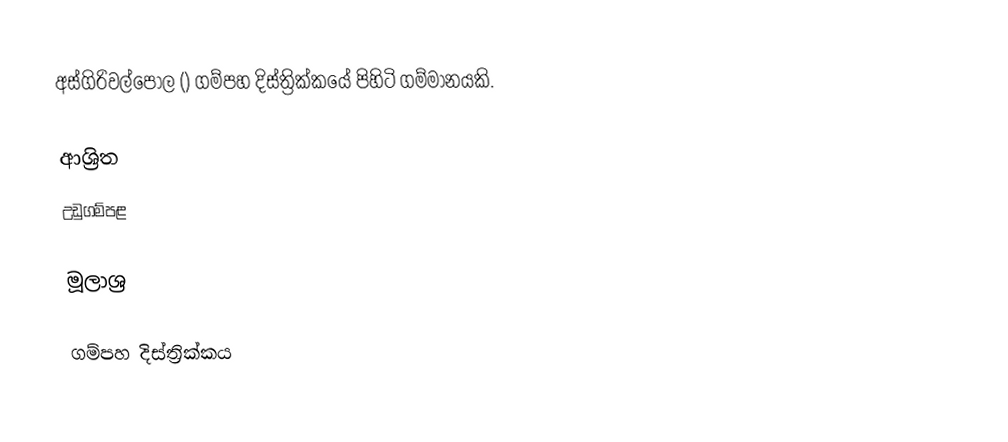
අස්‌ගිරිවල්පොල () ගම්පහ දිස්ත්‍රික්කයේ පිහිටි ගම්මානයකි.

ආශ්‍රිත
 උඩුගම්පළ

මූලාශ්‍ර

ගම්පහ දිස්ත්‍රික්කය